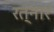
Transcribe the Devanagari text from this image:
रत्नार